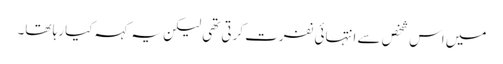
میں اس شخص سے انتہائی نفرت کرتی تھی لیکن یہ کہہ کیا رہا تھا۔